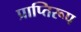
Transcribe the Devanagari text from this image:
प्राप्तिरूप